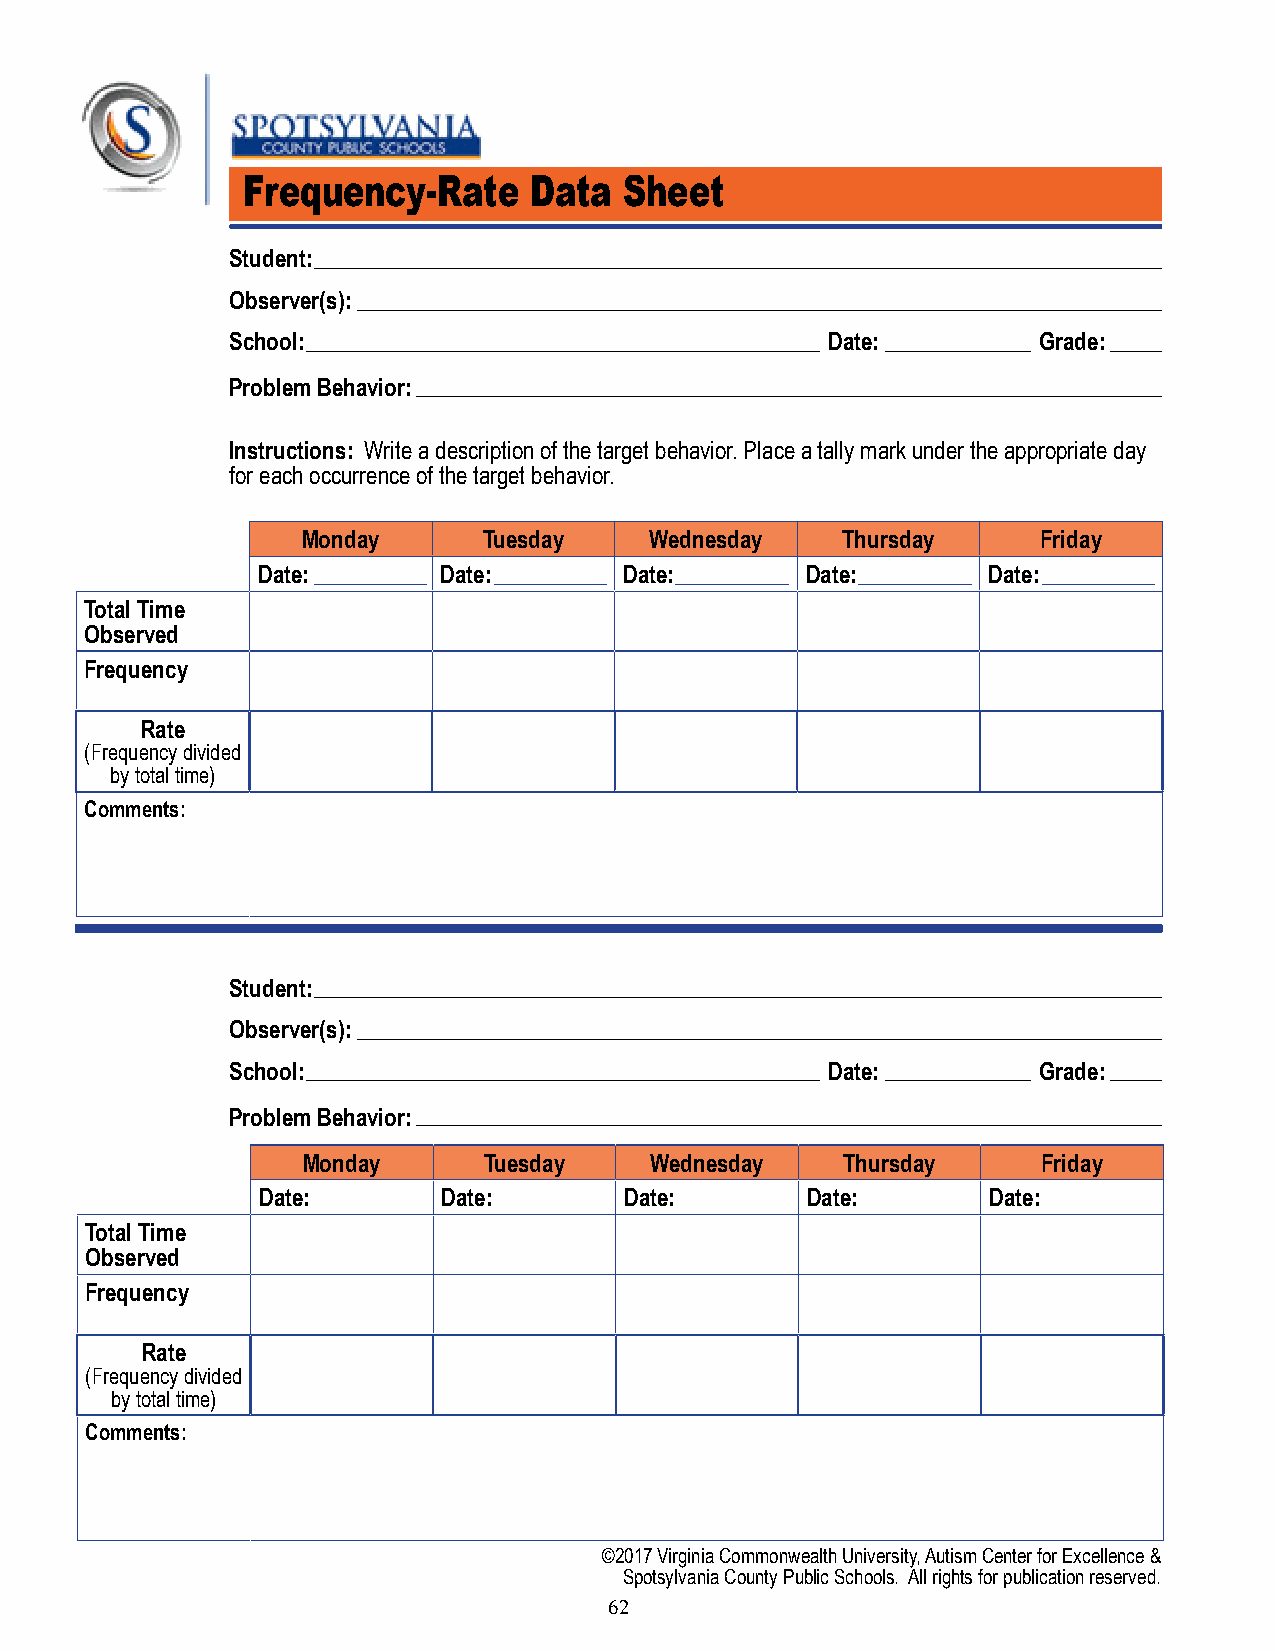
Frequency-Rate     Data  Sheet
 Student:
 Observer(s):
 School:                                 Date:         Grade:
 Problem Behavior:
 Instructions: Write a description of the target behavior. Place a tally mark under the appropriate day
 for each occurrence of the target behavior.
 Monday      Tuesday    Wednesday    Thursday     Friday
 Date:       Date:       Date:       Date:       Date:
 Total Time
 Observed
 Frequency
 Rate
 (Frequency divided
 by total time)
 Comments:
 Student:
 Observer(s):
 School:                                 Date:         Grade:
 Problem Behavior:
 Monday      Tuesday    Wednesday    Thursday     Friday
 Date:       Date:       Date:       Date:       Date:
 Total Time
 Observed
 Frequency
 Rate
 (Frequency divided
 by total time)
 Comments:
 ©2017 Virginia Commonwealth University, Autism Center for Excellence &
 Spotsylvania County Public Schools. All rights for publication reserved.
 62